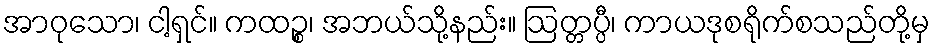
အာဝုသော၊ ငါ့ရှင်။ ကထဉ္စ၊ အဘယ်သို့နည်း။ ဩတ္တပ္ပီ၊ ကာယဒုစရိုက်စသည်တို့မှ